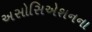
અસોસિએશનના